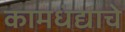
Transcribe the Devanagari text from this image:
कामधंद्याचे